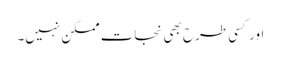
اور کسی طرح بھی نجات ممکن نہیں۔